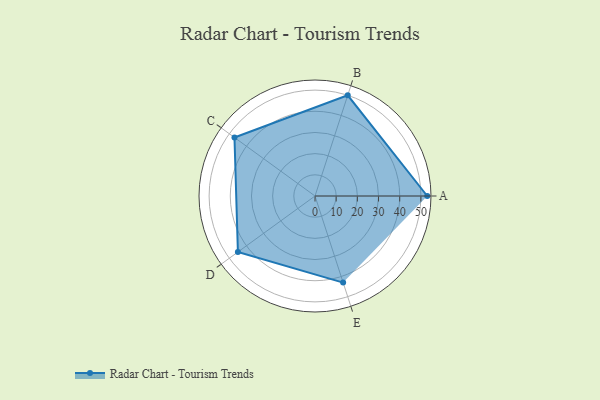
{"axis": {"x": "Skill", "y": "Score"}, "legend": ["Profile"], "data": [{"x": "A", "y": 53.0, "type": "Profile"}, {"x": "B", "y": 50.0, "type": "Profile"}, {"x": "C", "y": 47.0, "type": "Profile"}, {"x": "D", "y": 45.0, "type": "Profile"}, {"x": "E", "y": 43.0, "type": "Profile"}]}